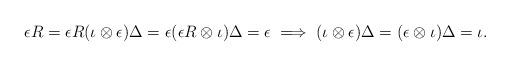
LaTeX: \begin{align*}\epsilon R = \epsilon R(\iota \otimes \epsilon)\Delta =\epsilon(\epsilon R \otimes \iota)\Delta = \epsilon \implies (\iota \otimes \epsilon )\Delta = (\epsilon \otimes \iota)\Delta = \iota.\end{align*}